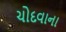
ચોદવાના